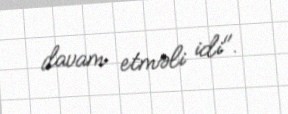
davam etməli idi".